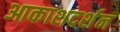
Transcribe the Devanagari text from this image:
आकाशदर्शन